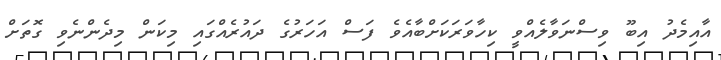
އާއިމެދު އިބޫ ވިސްނަވާލެއްވީ ކިހާވަރަކަށްބާއެވެ ފަސް އަހަރުގެ ދައުރެއްގައި މިކަން މިދެންނެވި ގޮތަށް